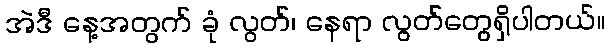
အဲဒီ နေ့အတွက် ခုံ လွတ်၊ နေရာ လွတ်တွေရှိပါတယ်။